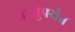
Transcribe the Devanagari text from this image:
बाजूपर्यंत